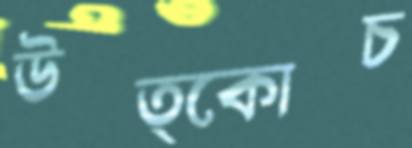
উত্কোচ